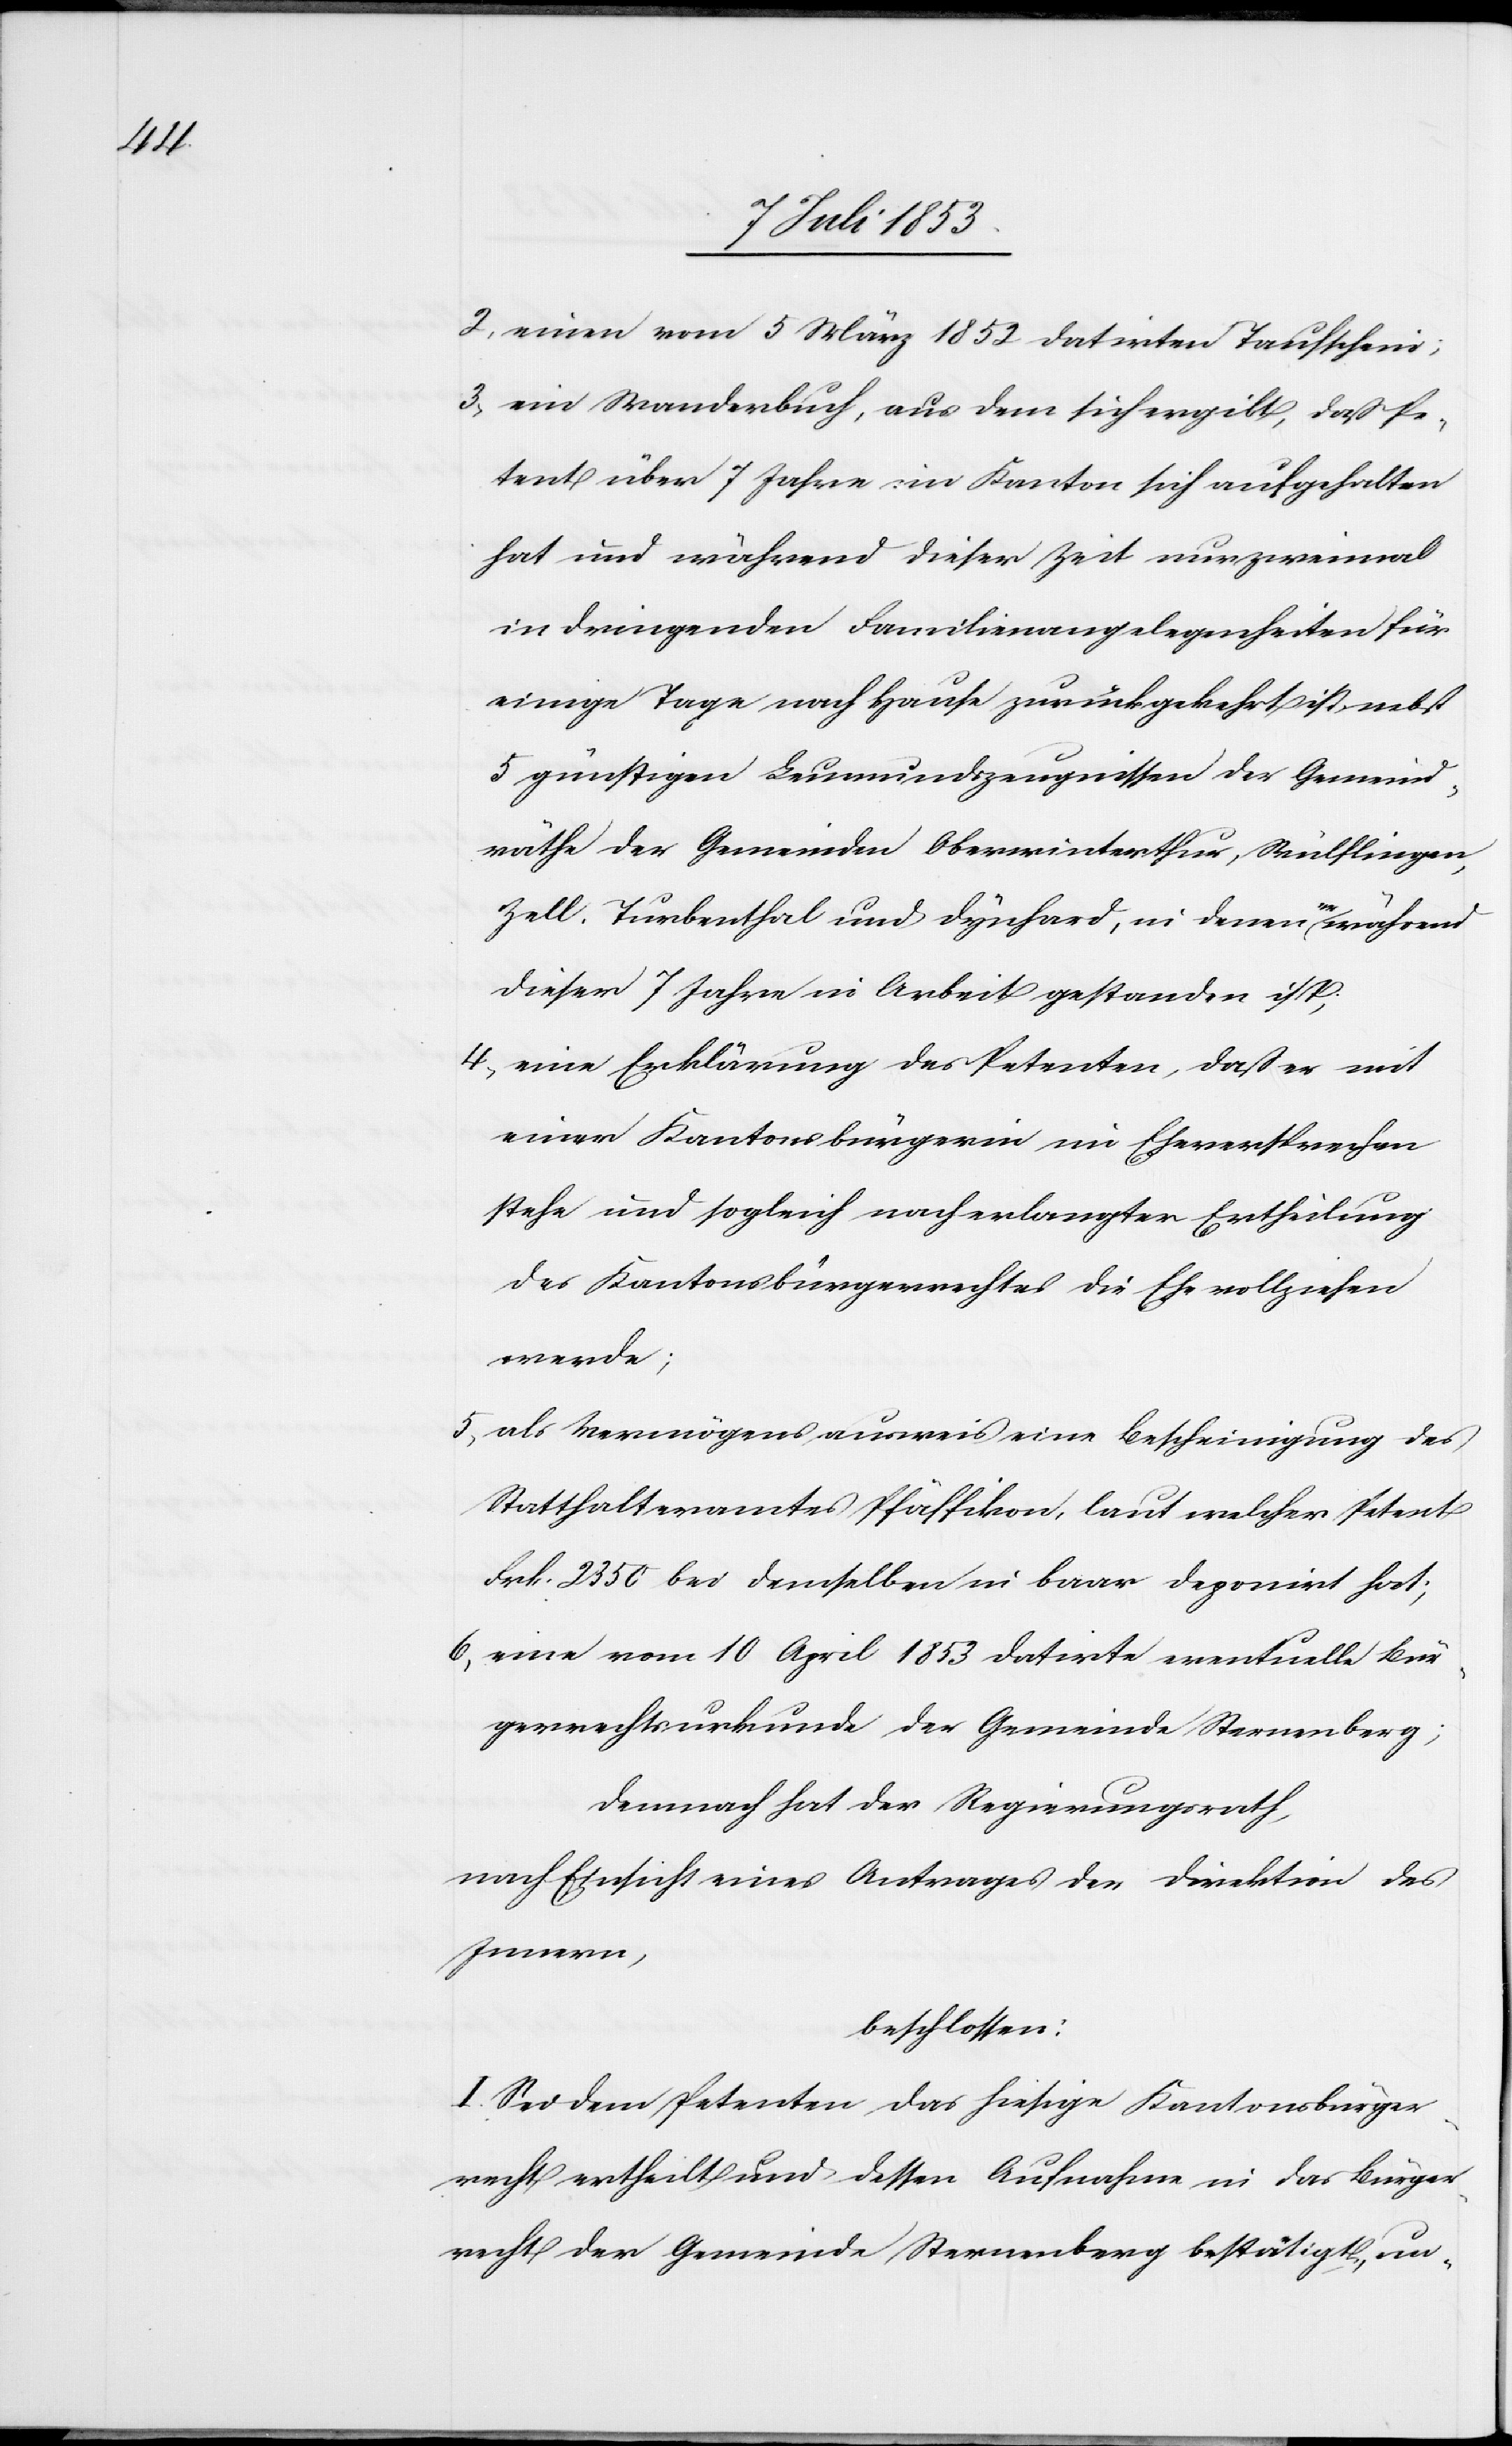
2, einen vom 5 März 1852 datirten Taufschien;
3, ein Wanderbuch, aus dem sich ergibt, daß Pe¬
tent über 7 Jahre im Kanton sich aufgehalten
einige Tage nach Hause zurückgekehrt ist, nebst
5 günstigen Leumundszeugnissen der Gemeind¬
räthe der Gemeinden Oberwinterthur, Wülflingen,
Zell, Turbenthal und Dynhard, in denen er während
dieser 7 Jahre in Arbeit gestanden ist,
4, eine Erklärung der Petenten ,daß er mit
einer Kantonsbürgerin im Eheversprechen
stehe und sogleich nach erlangter Ertheilung
des Kantonsbürgerrechtes die Ehe vollziehen
werde;
5, als Vermögensausweis eine Bescheinigung des
Statthalteramtes Pfäffikon, laut welcher Petent
Frk. 2350 bei demselben in baar deponirt hat;
6, eine vom 10 April 1853 datirte eventuelle Bür¬
gerrechtsurkunde der Gemeinde Sternenberg;
Demnach hat der Regierungsrath,
nach Einsicht eines Antrages der Direktion des
Innern,
beschlossen:
I. Sei dem Petenten das hiesige Kantonsbürger¬
recht ertheilt und dessen Aufnahme in das dortige Bürger¬
recht der Gemeinde Sternenberg bestätigt, un-